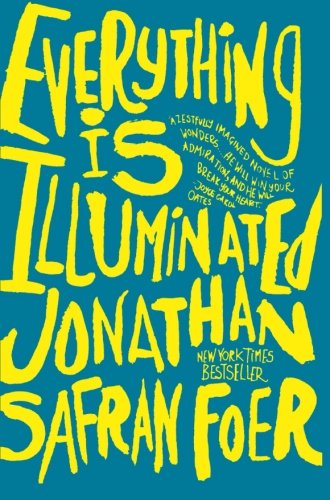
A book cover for Everything Is Illuminated: A Novel; Jonathan Safran Foer; Literature & Fiction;